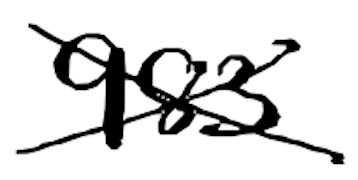
Text: 983
Cross-out: cross
Writing tool: digital_black